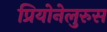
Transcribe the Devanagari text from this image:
प्रियोनेलुरुस